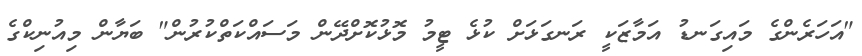
"އަހަރެންގެ މައިގަނޑު އަމާޒަކީ ރަނގަޅަށް ކުޅެ ޓީމު މޮޅުކޮށްދޭން މަސައްކަތްކުރުން" ބަޔާން މިއުނިކްގެ